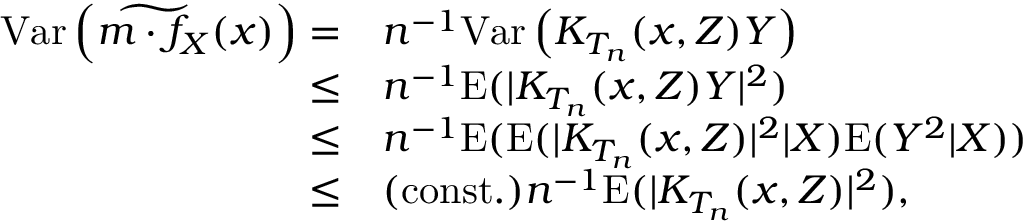
\begin{array} { r l } { \mathrm { V a r } \left( \widetilde { m \cdot f _ { X } } ( x ) \right) = } & { n ^ { - 1 } \mathrm { V a r } \left( K _ { T _ { n } } ( x , Z ) Y \right) } \\ { \leq } & { n ^ { - 1 } \mathrm { E } ( | K _ { T _ { n } } ( x , Z ) Y | ^ { 2 } ) } \\ { \leq } & { n ^ { - 1 } \mathrm { E } ( \mathrm { E } ( | K _ { T _ { n } } ( x , Z ) | ^ { 2 } | X ) \mathrm { E } ( Y ^ { 2 } | X ) ) } \\ { \leq } & { \mathrm { ( c o n s t . ) } n ^ { - 1 } \mathrm { E } ( | K _ { T _ { n } } ( x , Z ) | ^ { 2 } ) , } \end{array}